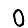
Digit: 0